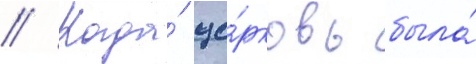
// Когда́ це́рковь была́